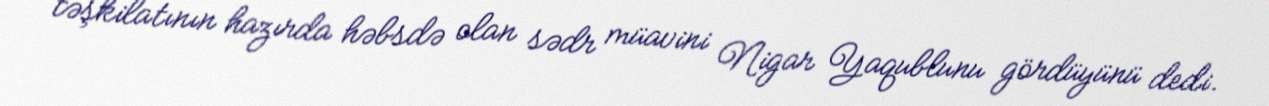
təşkilatının hazırda həbsdə olan sədr müavini Nigar Yaqublunu gördüyünü dedi.